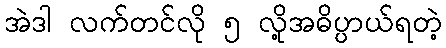
အဲဒါ လက်တင်လို ၅ လို့အဓိပ္ပာယ်ရတဲ့